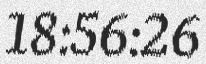
18:56:26